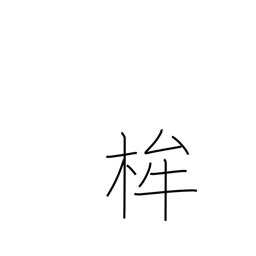
Meaning: halberd